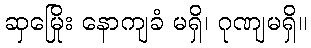
ဆှမြေိုး နောကျခံ မရှိ၊ ဂုဏျမရှိ။